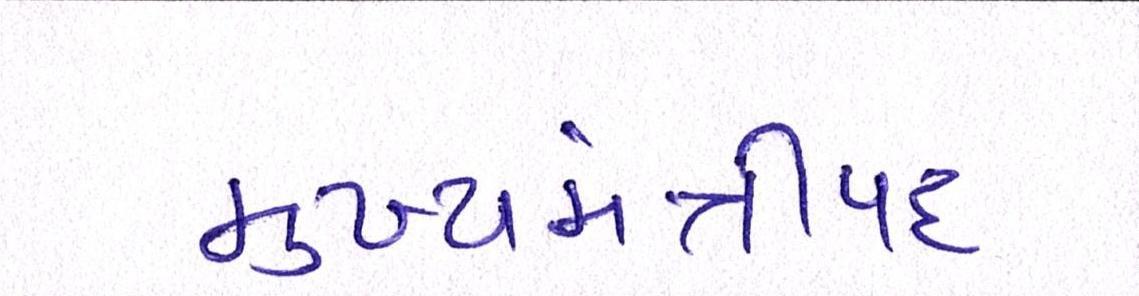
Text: મુખ્યમંત્રીપદ